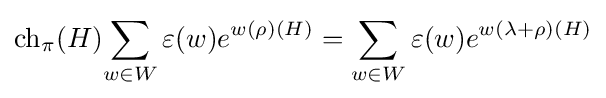
\operatorname {ch} _{\pi }(H){\sum _{w\in W}\varepsilon (w)e^{w(\rho )(H)}}=\sum _{w\in W}\varepsilon (w)e^{w(\lambda +\rho )(H)}